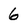
Character: 6